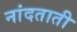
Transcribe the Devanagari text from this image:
नांदताती